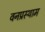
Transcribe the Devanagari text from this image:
वनप्रस्थाम